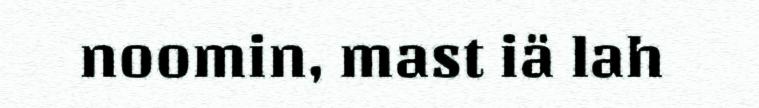
noomin, mast iä lah